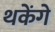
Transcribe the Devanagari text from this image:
थकेंगे